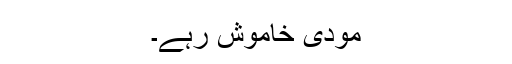
مودی خاموش رہے۔